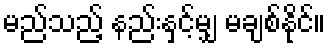
မည်သည့် နည်းနှင့်မျှ မချစ်နိုင်။